Civil Veterinary Dept. Bombay admin report 1923-31 - 1923-1931
Year: 1923
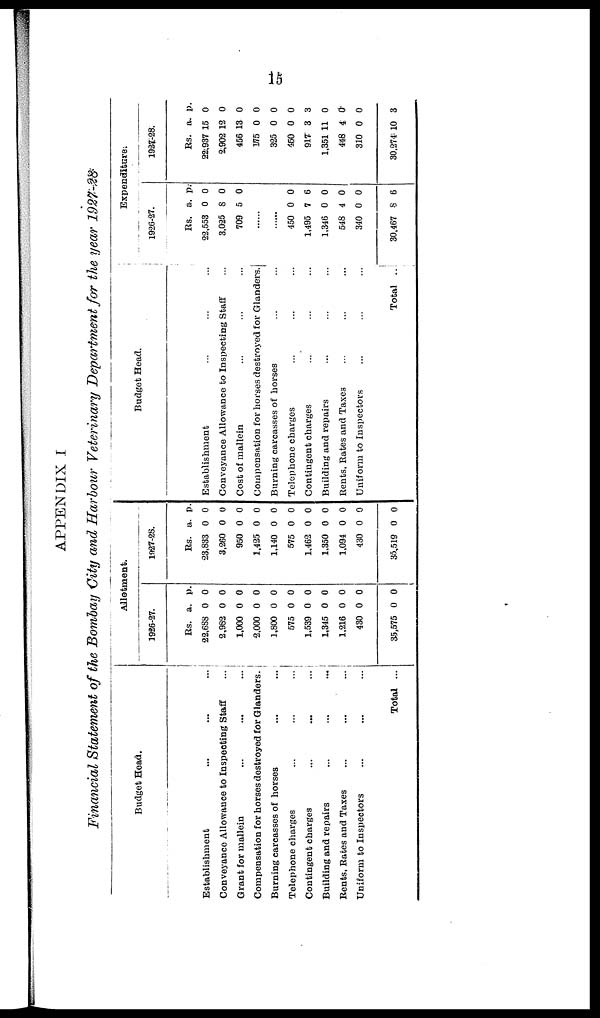
15
APPENDIX I
Financial Statement of the Bombay City and Harbour Veterinary Department for the year 1927-28.
Budget Head.
Establishment ... ... ...
Conveyance Allowance to Inspecting Staff ...
Grant for mallein ... ... ...
Compensation for horses destroyed for Glanders.
Burning carcasses of horses ... ...
Telephone charges ... ... ...
Contingent charges ... ... ...
Building and repairs ... ... ...
Rents, Rates and Taxes ... ... ...
Uniform to Inspectors ... ... ...
Total ...
Allotment.
1926-27.
Rs.
22,688
2,982
1,000
2,000
1,800
575
1,539
1,345
1,216
430
35,575
a.
0
0
0
0
0
0
0
0
0
0
0
p.
0
0
0
0
0
0
0
0
0
0
0
1927-28.
Rs.
23,833
3,260
950
1,425
1,140
575
1,462
1,350
1,094
430
35,519
a.
0
0
0
0
0
0
0
0
0
0
0
p.
0
0
0
0
0
0
0
0
0
0
0
Budget Head.
Establishment ... ... ...
Conveyance Allowance to Inspecting Staff ...
Cost of mallein ... ... ...
Compensation for horses destroyed for Glanders
Burning carcasses of horses ... ...
Telephone charges ... ... ...
Contingent charges ... ... ...
Building and repairs ... ... ...
Rents. Rates and Taxes ... ... ...
Uniform to Inspectors ... ... ...
Total ...
Expenditure.
1926-27.
Rs.
22,553
3,025
709
a.
0
8
5
p.
0
0
0
......
......
450
1,495
1,346
548
340
30,467
0
7
0
4
0
8
0
6
0
0
0
6
1927.-28.
Rs.
22,937
2,902
456
175
325
450
917
1,351
448
310
30,274
a.
15
12
13
0
0
0
3
11
4
0
10
p.
0
0
0
0
0
0
3
0
0
0
3